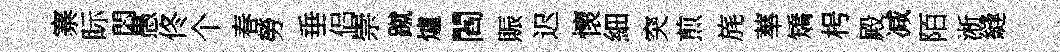
寨眎悶愚佟个春勞垂侣崇蹴爐閻賑迟懷細突煎旄蕐矯枵殿减陌淅縫